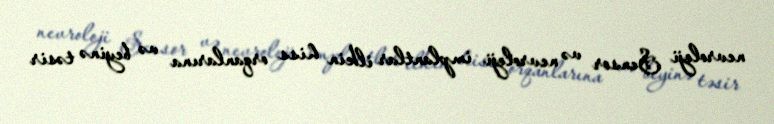
nevroloji Sensor və nevroloji implantlar ilkin hiss orqanlarına və beyinə təsir